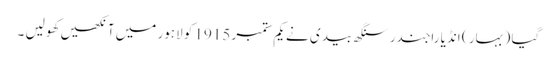
گیا ( بہار ) انڈیا راجندر سنگھ بیدی نے یکم ستمبر 1915 کو لاہور میں آنکھیں کھولیں ۔